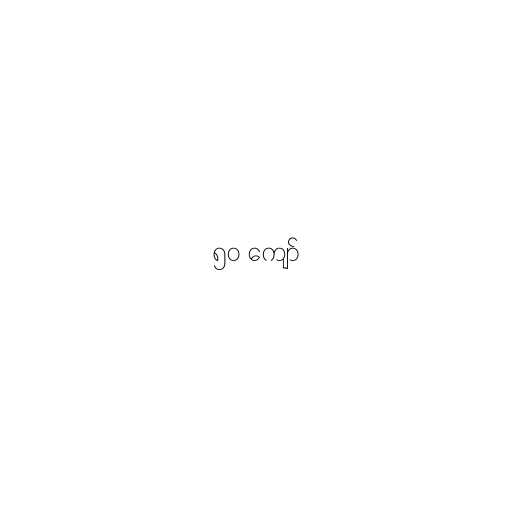
၅၀ ကျော်